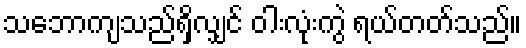
သဘောကျသည်ရှိလျှင် ဝါးလုံးကွဲ ရယ်တတ်သည်။